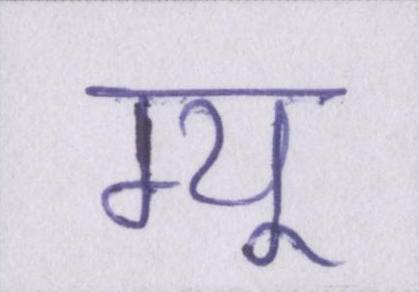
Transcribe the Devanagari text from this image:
म्यू